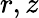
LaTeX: r,z